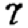
Digit: 7